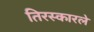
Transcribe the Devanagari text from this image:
तिरस्कारले